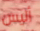
أليس